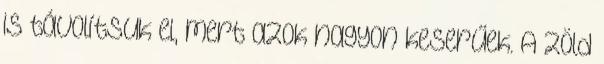
is távolítsuk el, mert azok nagyon keserűek. A zöld